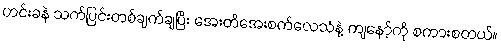
ဟင်းခနဲ သက်ပြင်းတစ်ချက်ချပြီး အေးတိအေးစက်လေသံနဲ့ ကျနော့်ကို စကားစတယ်။